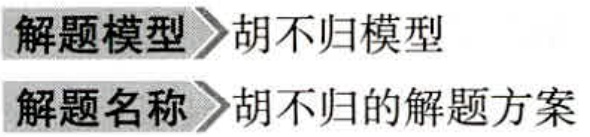
解题模型 胡不归模型

解题名称 胡不归的解题方案